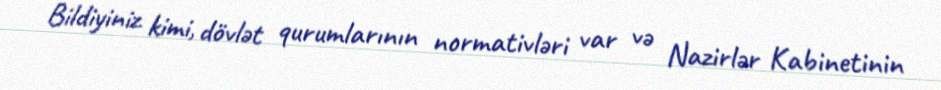
Bildiyiniz kimi, dövlət qurumlarının normativləri var və Nazirlər Kabinetinin